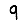
Digit: 9